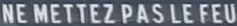
NE METTEZ PAS LE FEU